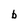
Character: b